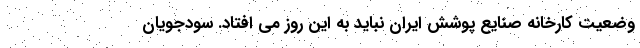
وضعیت کارخانه صنایع پوشش ایران نباید به این روز می افتاد. سودجویان